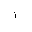
Letter: _alif